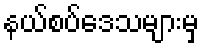
နယ်စပ်ဒေသများမှ